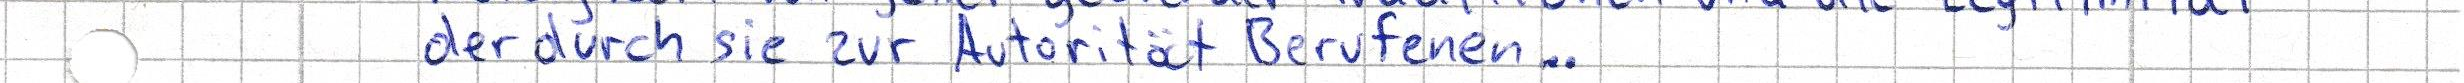
der durch sie zur Autorität Berufenen..